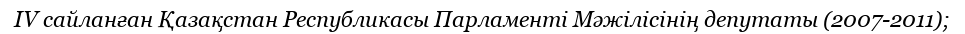
IV сайланған Қазақстан Республикасы Парламенті Мәжілісінің депутаты (2007-2011);